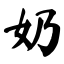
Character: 奶